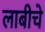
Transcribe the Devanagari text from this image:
लाबीचे